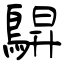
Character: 鵿